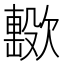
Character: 𣤢